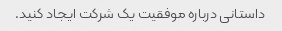
داستانی درباره موفقیت یک شرکت ایجاد کنید.